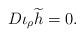
LaTeX: \begin{align*}D \iota_{\rho} \widetilde{h} =0.\end{align*}